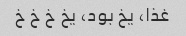
غذا، یخ بود، یخ خ خ خ